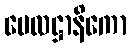
ဗေလဋ္ဌာနိကော